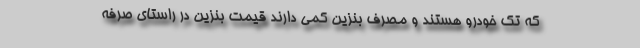
که تک خودرو هستند و مصرف بنزین کمی دارند قیمت بنزین در راستای صرفه